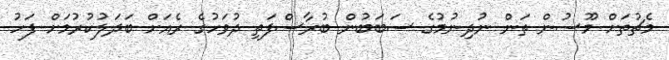
މެޗުތަށް މޫސުން ތަން ނުދިނުމުގެ ސަބަބުން ބުރާސްފަތި ދުވަހުގެ ރެއަށް ބަދަލުކުރުމަށް ފަހު